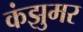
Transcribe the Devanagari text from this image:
कंझुमर